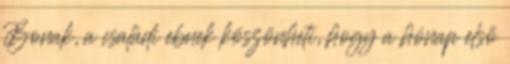
Bonak, a családi ebnek köszönheti, hogy a hónap első